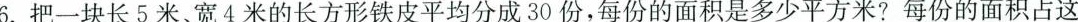
6.把一块长5米、宽4米的长方形铁皮平均分成30份，每份的面积是多少平方米?每份的面积占这